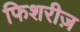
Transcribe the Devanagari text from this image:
फिशरीज़